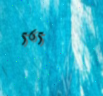
565